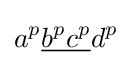
a^{p}{\underline {b^{p}c^{p}}}d^{p}